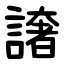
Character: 譇